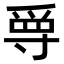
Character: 𡬳